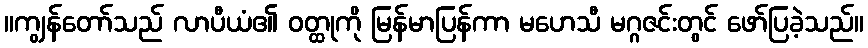
။ကျွန်တော်သည် လာပီယံ၏ ဝတ္ထုကို မြန်မာပြန်ကာ မဟေသီ မဂ္ဂဇင်းတွင် ဖော်ပြခဲ့သည်။